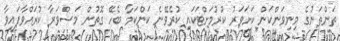
ތަންތަނުގެ މިނިވަންކަން ކަށަވަރު ކުރުމަށްޓަކައި ކުރެވޭނެ ކަންކަމާ ބެހޭ ގޮތުން މަޝްވަރާ ކުރައްވާފައިވާ